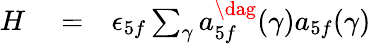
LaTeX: \begin{array}{rlr}{H}&{{}=}&{\epsilon_{5f}\sum_{\gamma}a_{5f}^{\dag}(\gamma)a_{5f}(\gamma)}\end{array}